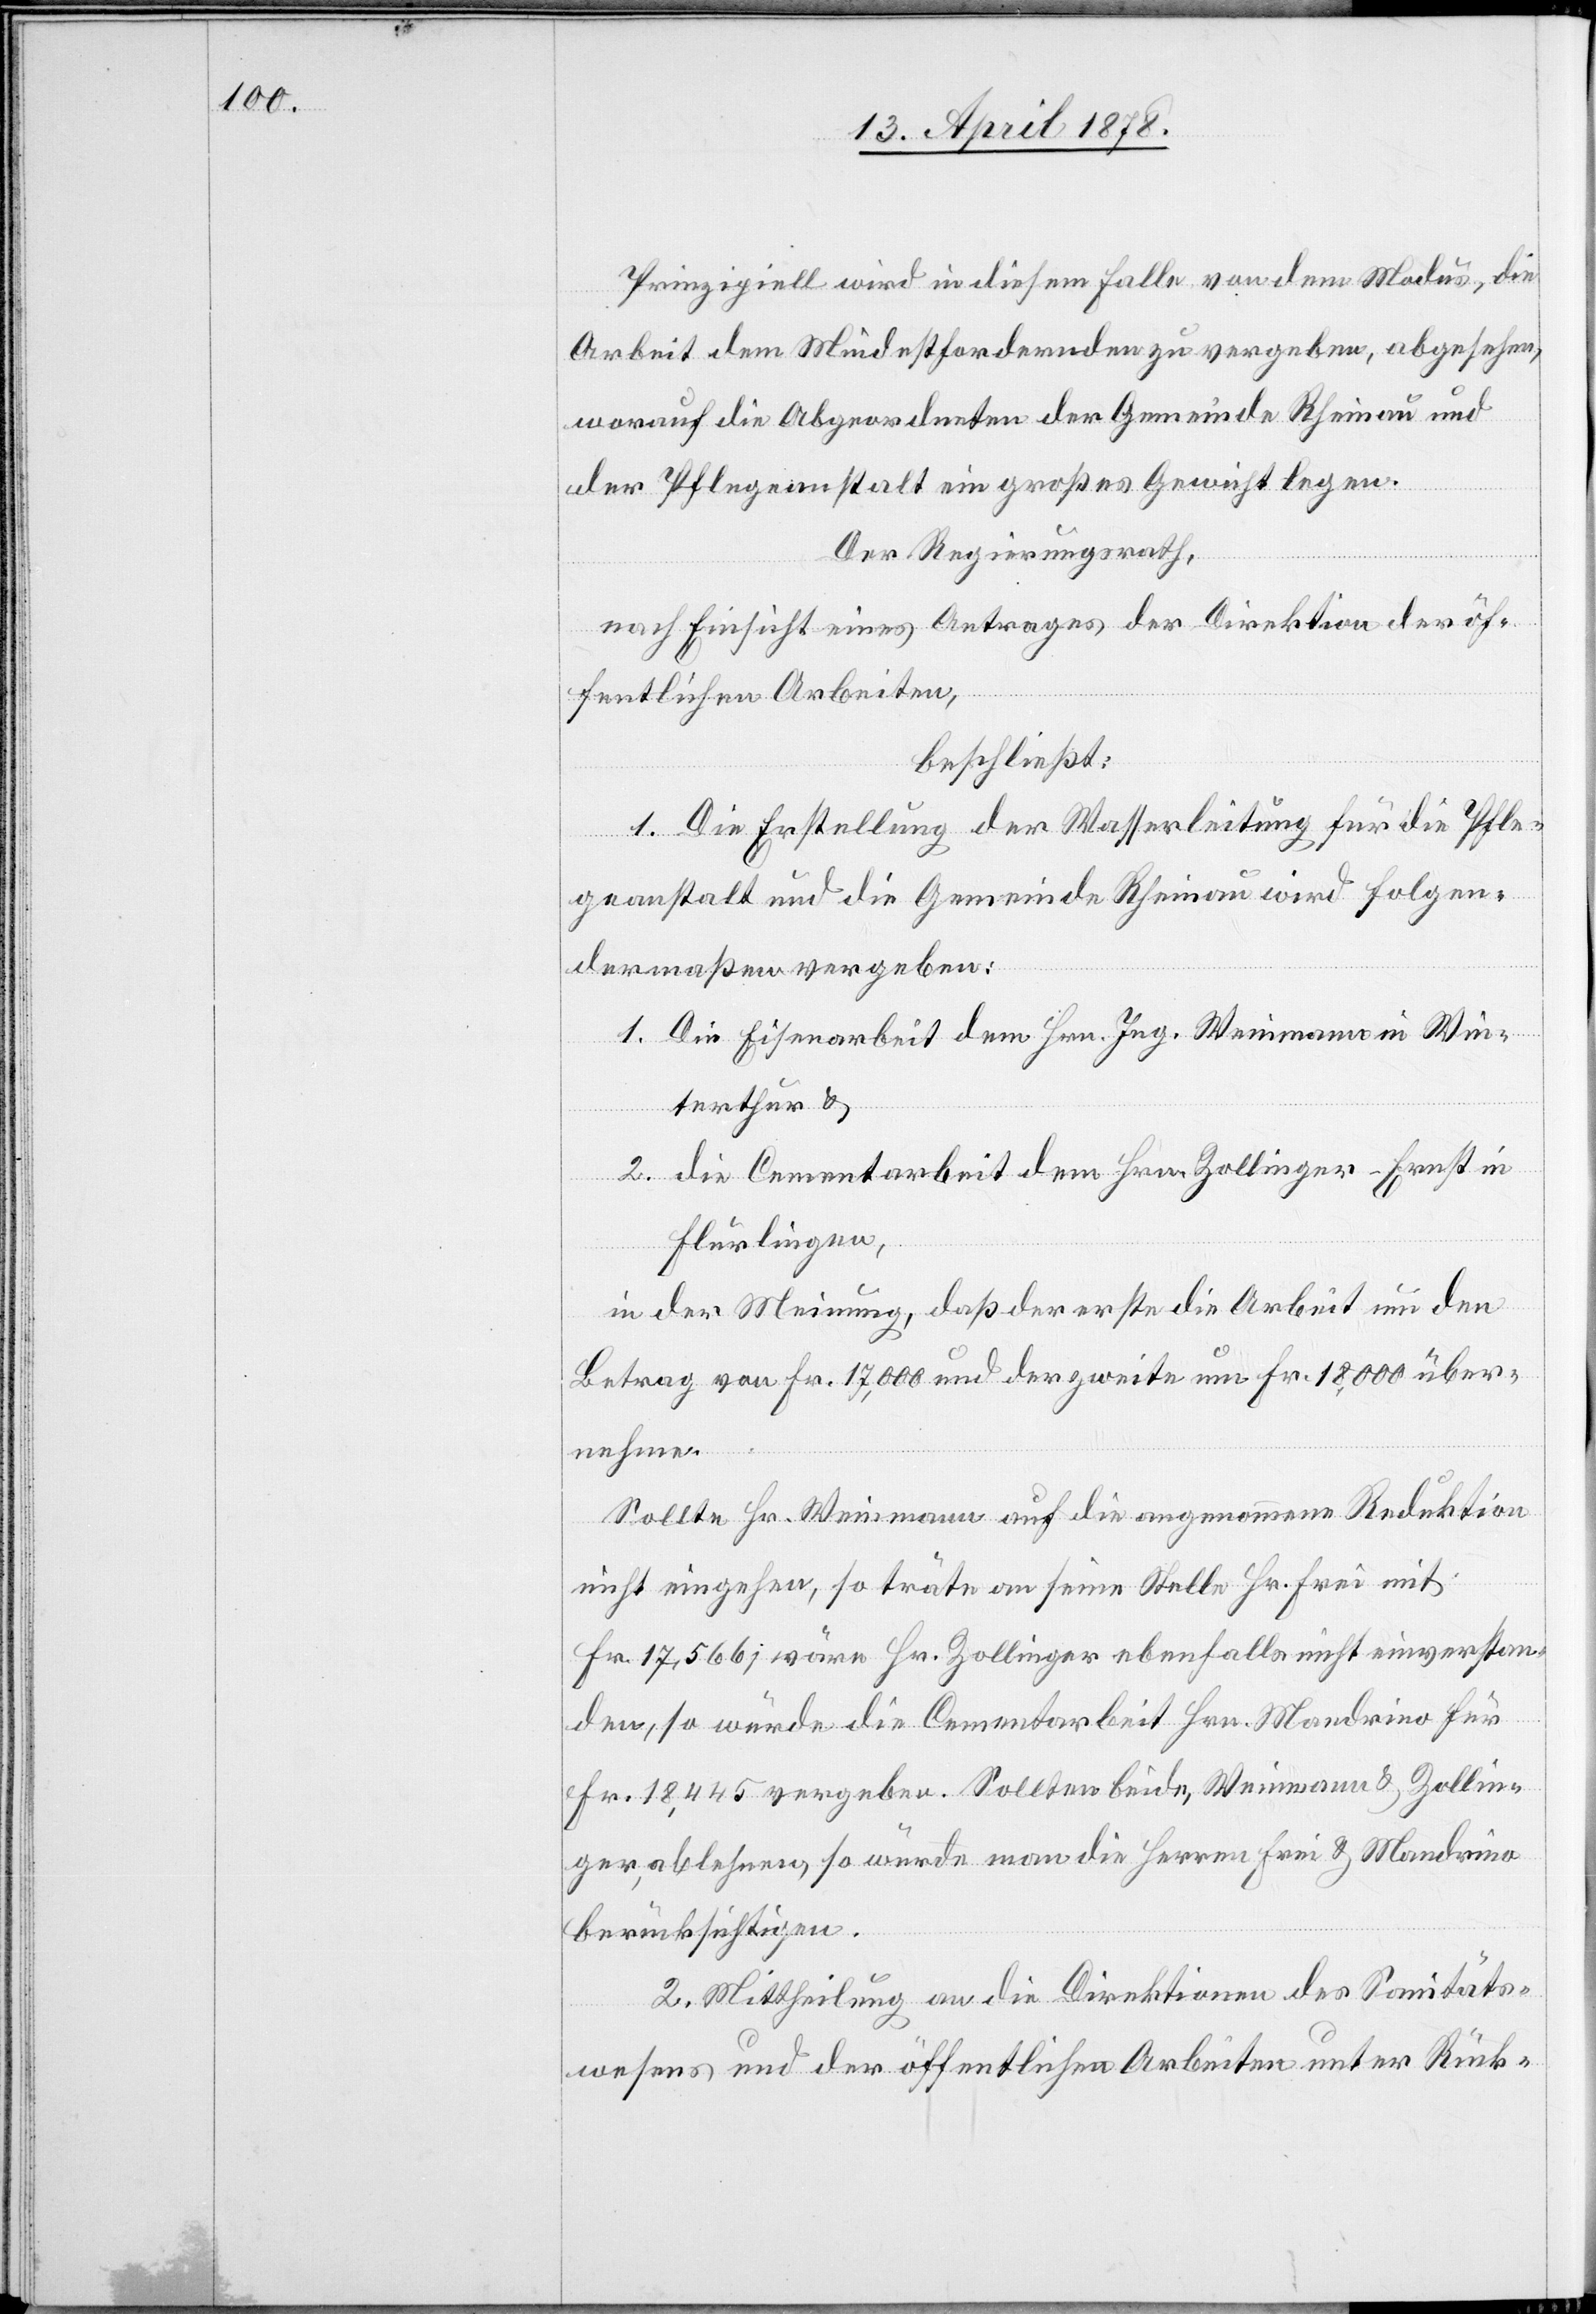
Prinzipiell wird in diesem Fall von dem Modus, die
Arbeit dem Mindestfordernden zu vergeben, abgesehen,
worauf die Abgeordneten der Gemeinde Rheinau und
der Pflegeanstalt ein großes Gewicht legen.
Der Regierungsrath,
nach Einsicht eines Antrages der Direktion der öf¬
fentlichen Arbeiten,
beschließt:
1. Die Erstellung der Wasserleitung für die Pfle¬
geanstalt und die Gemeinde Rheinau wird folgen¬
dermaßen vergeben:
1. Die Eisenarbeit dem Hrn. Ing. Weimann in Win¬
terthur &
2. die Cementarbeit dem Hrn. Zollinger-Ernst in
Flurlingen,
in der Meinung, daß der erste die Arbeit um den
Betrag von Fr. 17,000 und der zweite um Fr. 18,000 über¬
nehme.
Sollte Hr. Weimann auf die angenommene Reduktion
nicht eingehen, so träte an seine Stelle Hr. Frei mit
Fr. 17,566; wäre Hr. Zollinger ebenfalls nicht einverstan¬
den, so würde die Cementarbeit Hrn. Mandrino für
Fr. 18,445 vergeben. Sollten beide, Weimann & Zollin¬
ger ablehnen, so würde man die Herren Frei & Mandrino
berücksichtigen.
2. Mittheilung an die Direktionen des Sanitäts¬
wesens und der öffentlichen Arbeiten unter Rück-